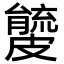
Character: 𥀧